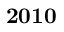
\bf { 2 0 1 0 }